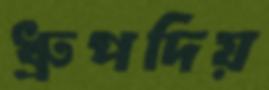
ধ্রুপদিয়